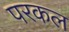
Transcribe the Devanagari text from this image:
परकल